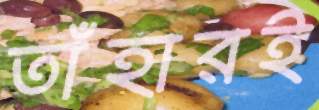
তাঁহারই